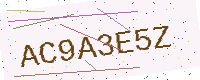
Text: AC9A3E5Z